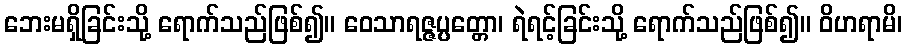
ဘေးမရှိခြင်းသို့ ရောက်သည်ဖြစ်၍။ ဝေသာရဇ္ဇပ္ပတ္တော၊ ရဲရင့်ခြင်းသို့ ရောက်သည်ဖြစ်၍။ ဝိဟရာမိ၊